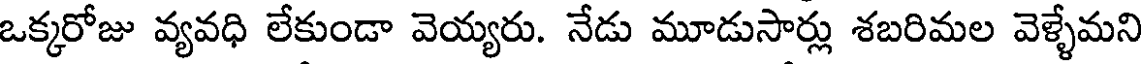
ఒక్కరోజు వ్యవధి లేకుండా వెయ్యరు. నేడు మూడుసార్లు శబరిమల వెళ్ళేమని